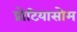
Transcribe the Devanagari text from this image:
प्रोटियासोम